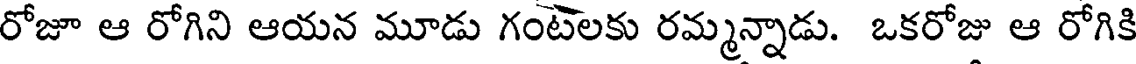
రోజూ ఆ రోగిని ఆయన మూడు గంటెలకు రమ్మన్నాడు. ఒకరోజు ఆ రోగికి